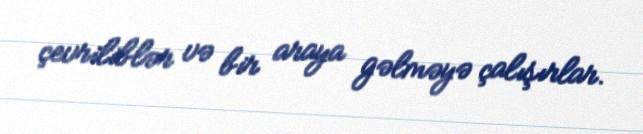
çevriliblər və bir araya gəlməyə çalışırlar.